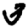
Digit: 3